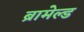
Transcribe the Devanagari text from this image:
ब्रामेल्ड